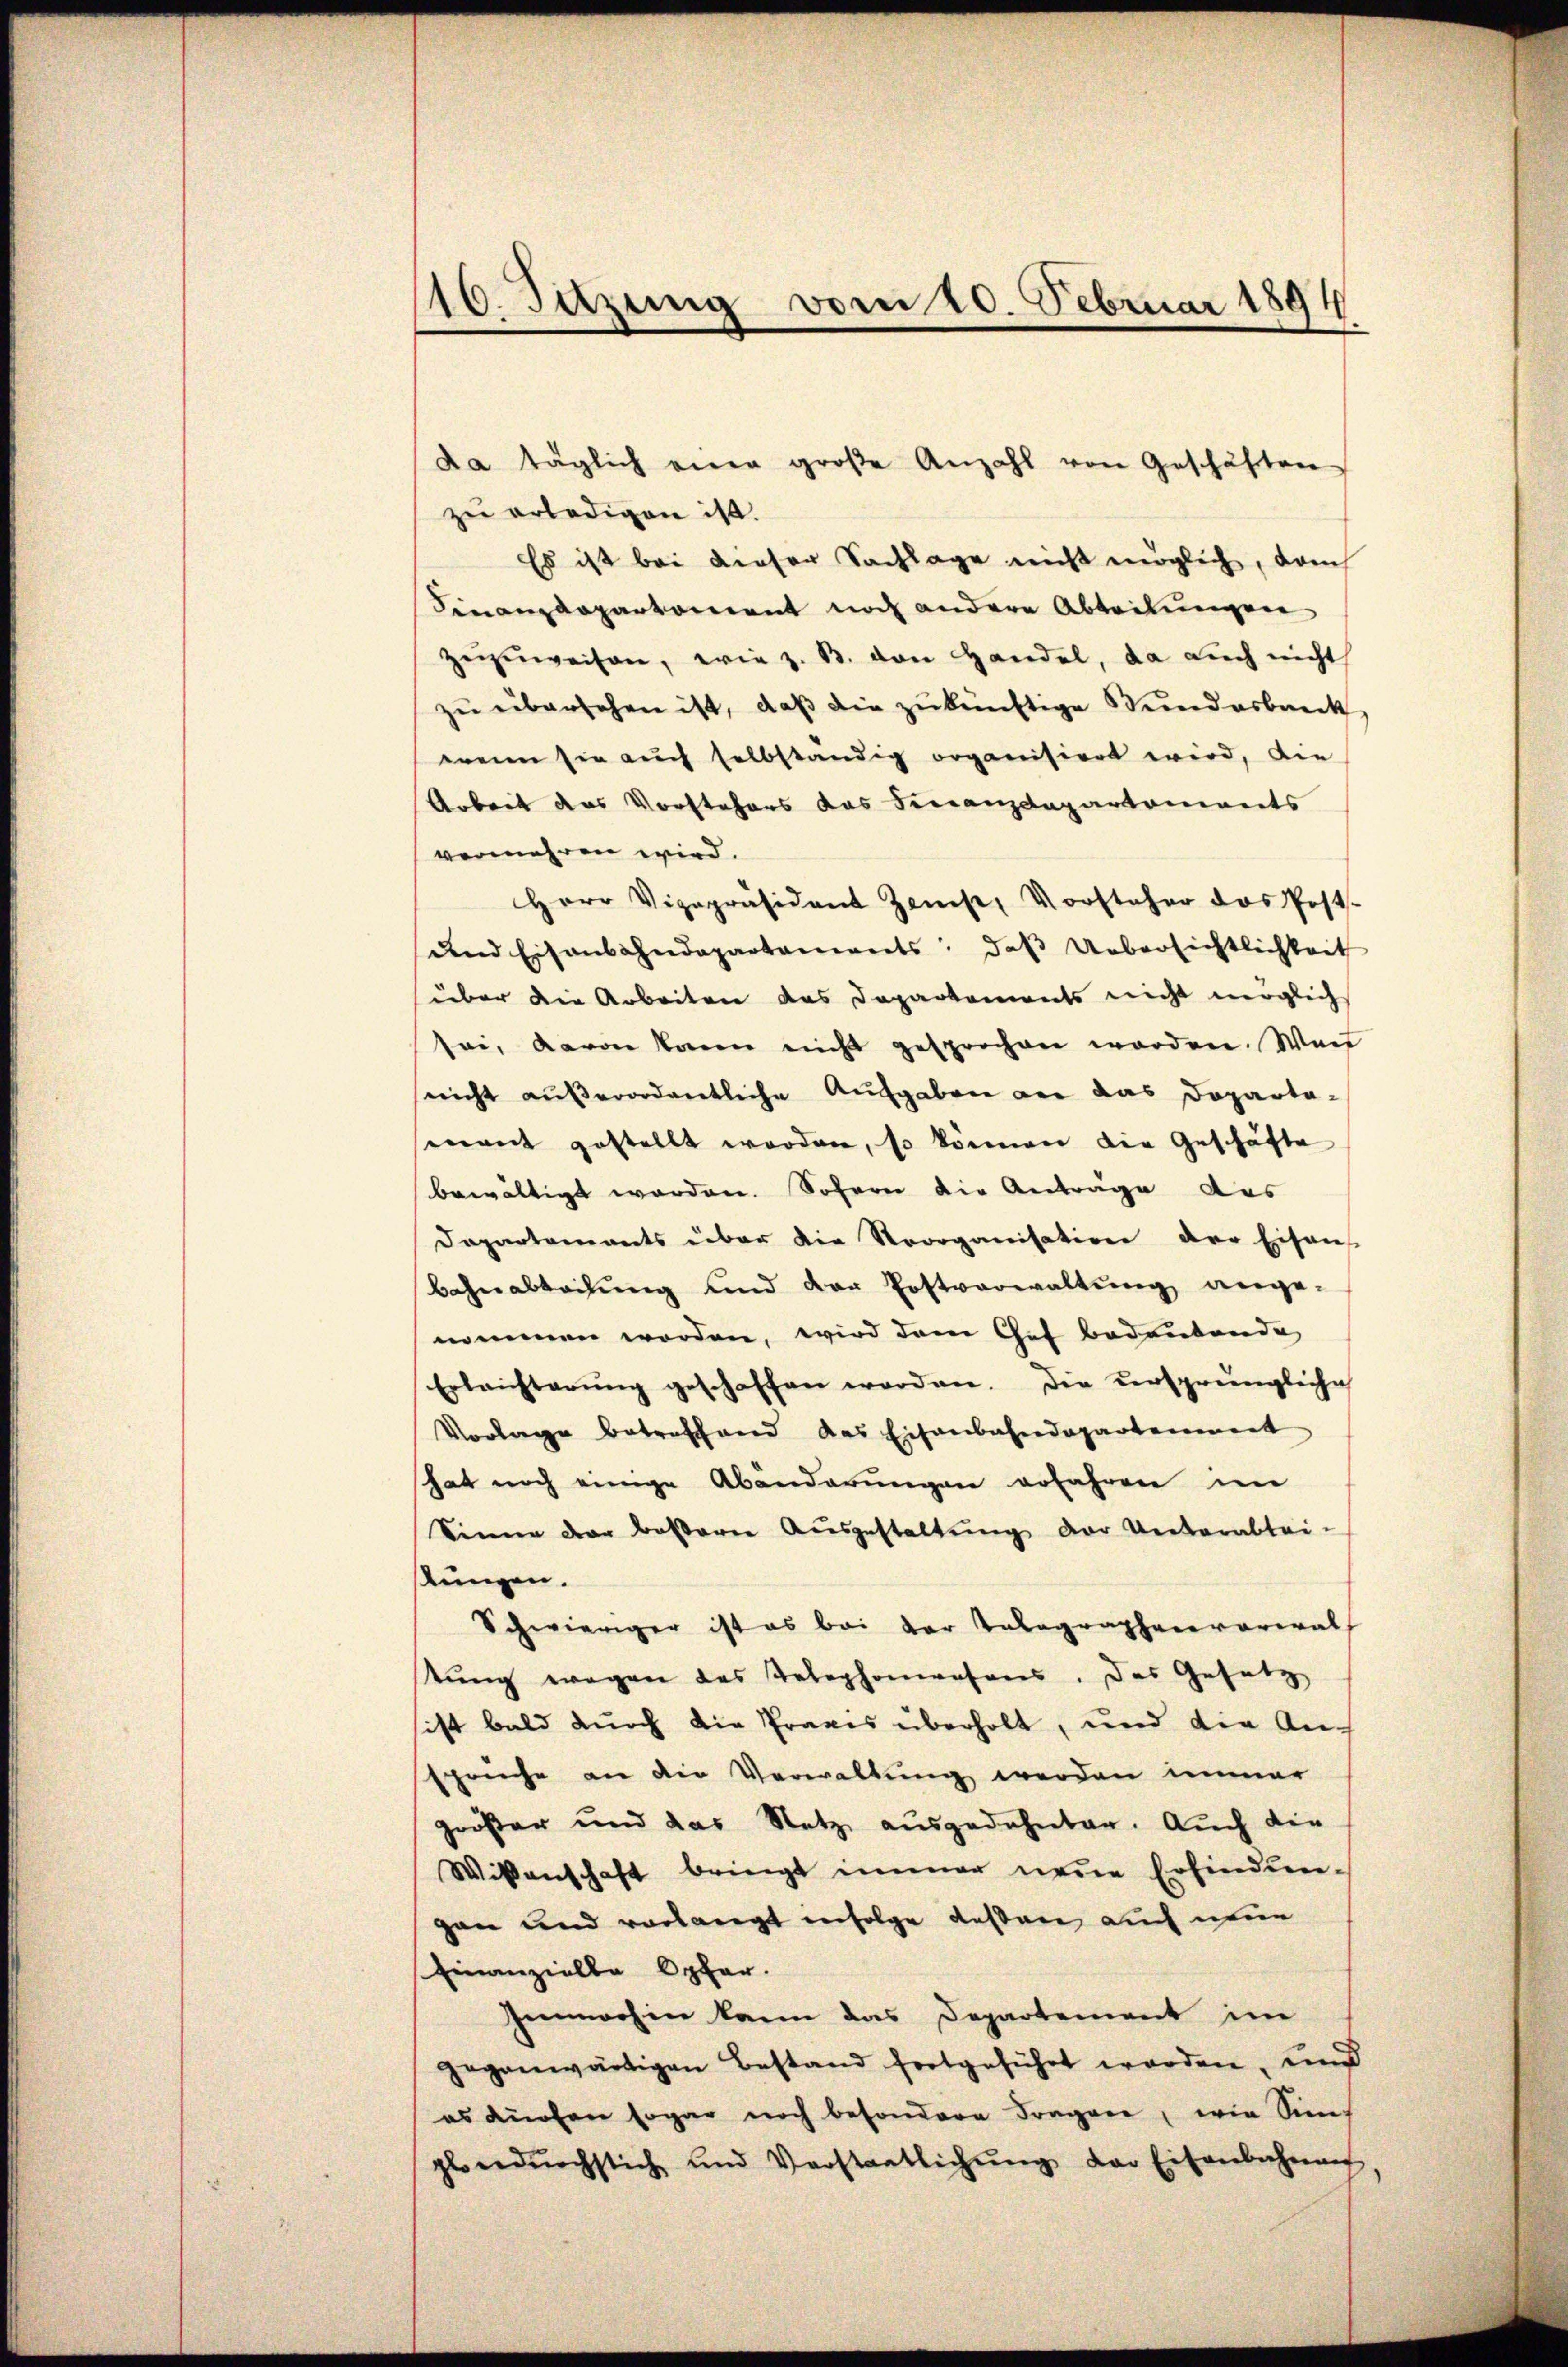
116. Sitzung vom 20. Februar 1894

da täglich einer große Anzahl von Geschäften
zu erledigen ist.
Es ist bei dieser Sachlage nicht möglich, dami
Finanzdeparkoment noch andere Abteilungen
zezŭweisen, wie z. B. von Handel, da auch nicht
zŭ übersehen ist, daβ die zŭkünftige Stundesbaeck
wenn sie auch selbständig organisiert wird, die
Arbeit des Vorstehers das Finanzdepartements
vermehren wird.
Herr Vizepräsident Zins, Vorsteher das Post-
und Eisenbahndepartements, daβ Uebersichtlichkeit
über die Arbeiten das Departements nicht möglich
sei, davon kann nicht gesprochen worden. War
nicht außerordnetliche Aufgaben an das Doparta-
mant gestellt worden, so können die Geschäfte
bewältigt worden. Sofern die Anträge des
Dapartements über die Strorganisation der Eisaus
Bahnabteilung und der Postverwaltung ange-
nommen worden, wird dem Gut bedeutende
Erleichterŭng geschaffen worden. Die versprüngliche
Vorlage betreffend das Eisenbahndepartement
hat noch einige Abänderungen erfahren im
Sinne der besserer Ausgestaltung der Unterabtei-
stungen.
Schwieriger ist es bei der Telegraphenvoreral
tung wegen das Telephomrasens. Das Gesetz
sicht bald durch die Praxis überholt, und die Ansprüche an die Verwaltung werden immer
größer und das Netz ausgedehnter. Auch die
Wissenschaft bringt immer neue Erfindungan und vorlangt infolge dessen auch neue
Einanzielle Opfer.
Innwohner kann das Departement im
gegenwärtigen Bestand fortgeführt worden, und
es Küchen sogar noch besondere Fragere, wie Sin
plondŭrchstich und Verstaatlichŭng der Eisenbahnen,